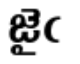
జైఁ